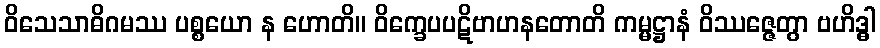
ဝိသေသာဓိဂမဿ ပစ္စယော န ဟောတိ။ ဝိက္ခေပပဋိဗာဟနတောတိ ကမ္မဋ္ဌာနံ ဝိဿဇ္ဇေတွာ ဗဟိဒ္ဓါ